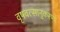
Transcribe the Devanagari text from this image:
वृषवत्सानुकरणो